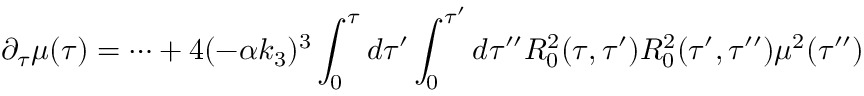
\partial _ { \tau } \mu ( \tau ) = \dots + 4 ( - \alpha k _ { 3 } ) ^ { 3 } \int _ { 0 } ^ { \tau } d \tau ^ { \prime } \int _ { 0 } ^ { \tau ^ { \prime } } d \tau ^ { \prime \prime } R _ { 0 } ^ { 2 } ( \tau , \tau ^ { \prime } ) R _ { 0 } ^ { 2 } ( \tau ^ { \prime } , \tau ^ { \prime \prime } ) \mu ^ { 2 } ( \tau ^ { \prime \prime } )